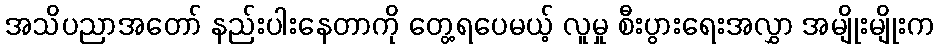
အသိပညာအတော် နည်းပါးနေတာကို တွေ့ရပေမယ့် လူမှု စီးပွားရေးအလွှာ အမျိုးမျိုးက